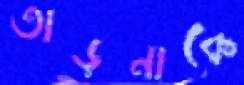
তাড়নাকে